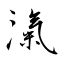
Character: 滊